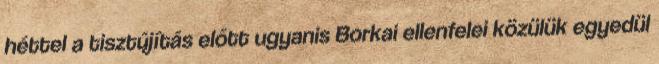
héttel a tisztújítás előtt ugyanis Borkai ellenfelei közülük egyedül